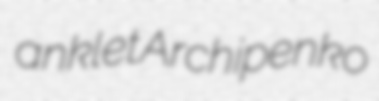
anklet Archipenko